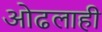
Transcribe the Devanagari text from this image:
ओढलाही